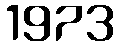
1973